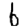
Digit: 6